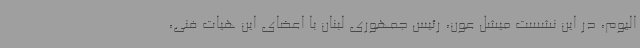
الیوم، در این نشست میشل عون، رئیس جمهوری لبنان با اعضای این هیات فنی،